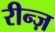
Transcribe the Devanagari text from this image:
रीन्ज़